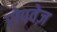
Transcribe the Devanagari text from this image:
रोपवेज़